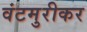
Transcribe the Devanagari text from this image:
वंटमुरीकर